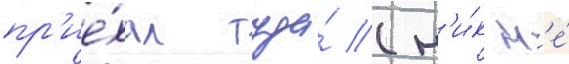
пр'ие́хал туда́ (н'и́к н'е́